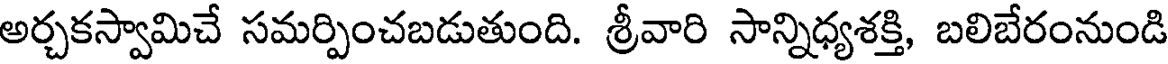
అర్చకస్వామిచే సమర్పించబడుతుంది. శ్రీవారి సాన్నిధ్యశక్తి, బలిబేరంనుండి